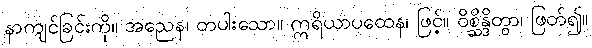
နာကျင်ခြင်းကို။ အညေန၊ တပါးသော။ ဣရိယာပထေန၊ ဖြင့်။ ဝိစ္ဆိန္ဒိတွာ၊ ဖြတ်၍။